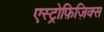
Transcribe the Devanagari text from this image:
एस्ट्रोफ़िज़िक्स